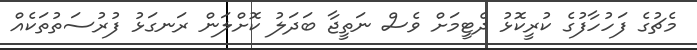
މެޗުގެ ފަހުހާފުގެ ކުރީކޮޅު ދެޓީމަށް ވެސް ނަތީޖާ ބަދަލު ކޮށްލަން ރަނގަޅު ފުރުސަތުތަކެއް